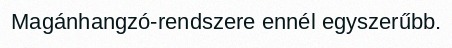
Magánhangzó-rendszere ennél egyszerűbb.